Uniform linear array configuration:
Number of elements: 48
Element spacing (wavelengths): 0.75
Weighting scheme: cosine
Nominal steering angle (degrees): -45
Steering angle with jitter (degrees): -46.803
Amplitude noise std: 0.05
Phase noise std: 0.05

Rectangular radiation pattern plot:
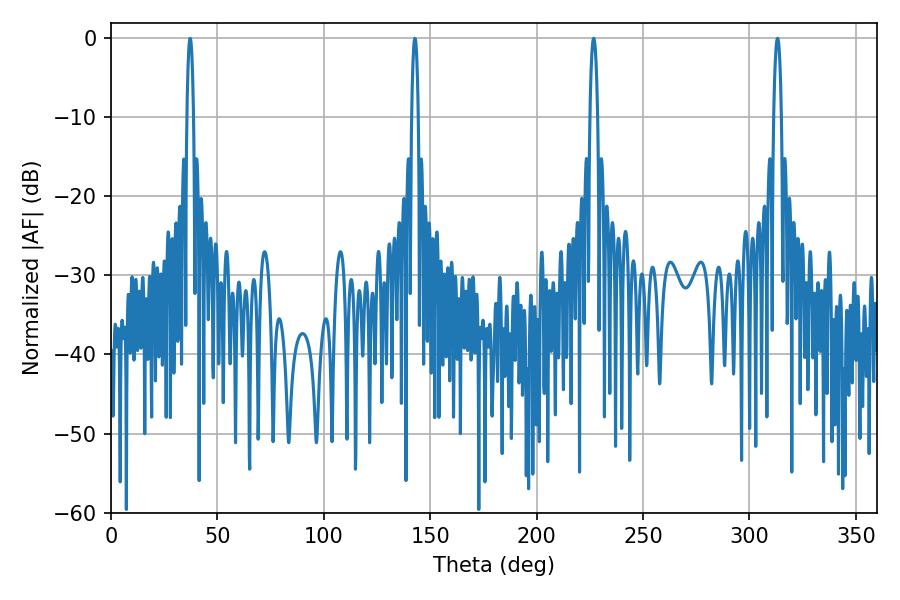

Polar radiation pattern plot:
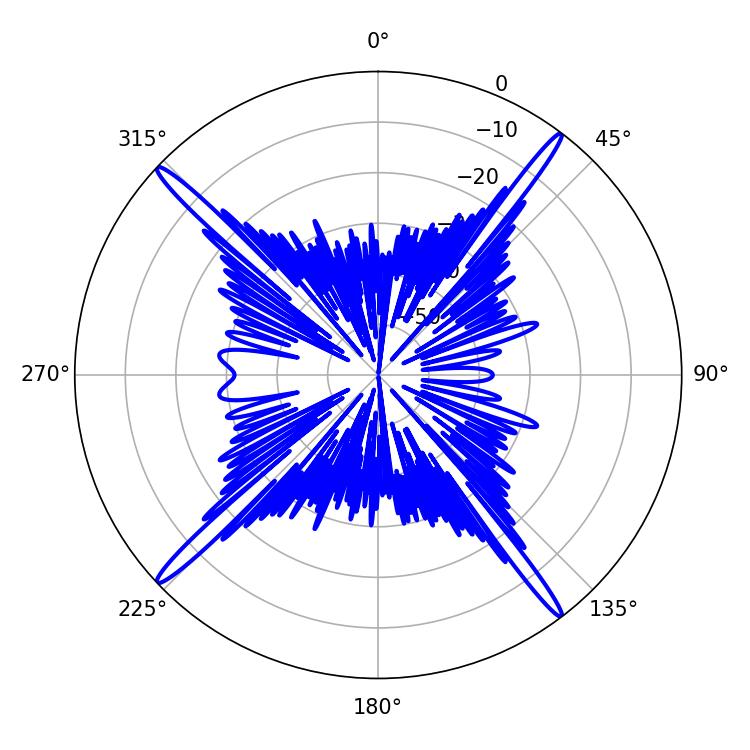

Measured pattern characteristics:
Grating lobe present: TRUE
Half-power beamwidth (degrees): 1.98
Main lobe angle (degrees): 226.8